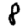
Digit: 8